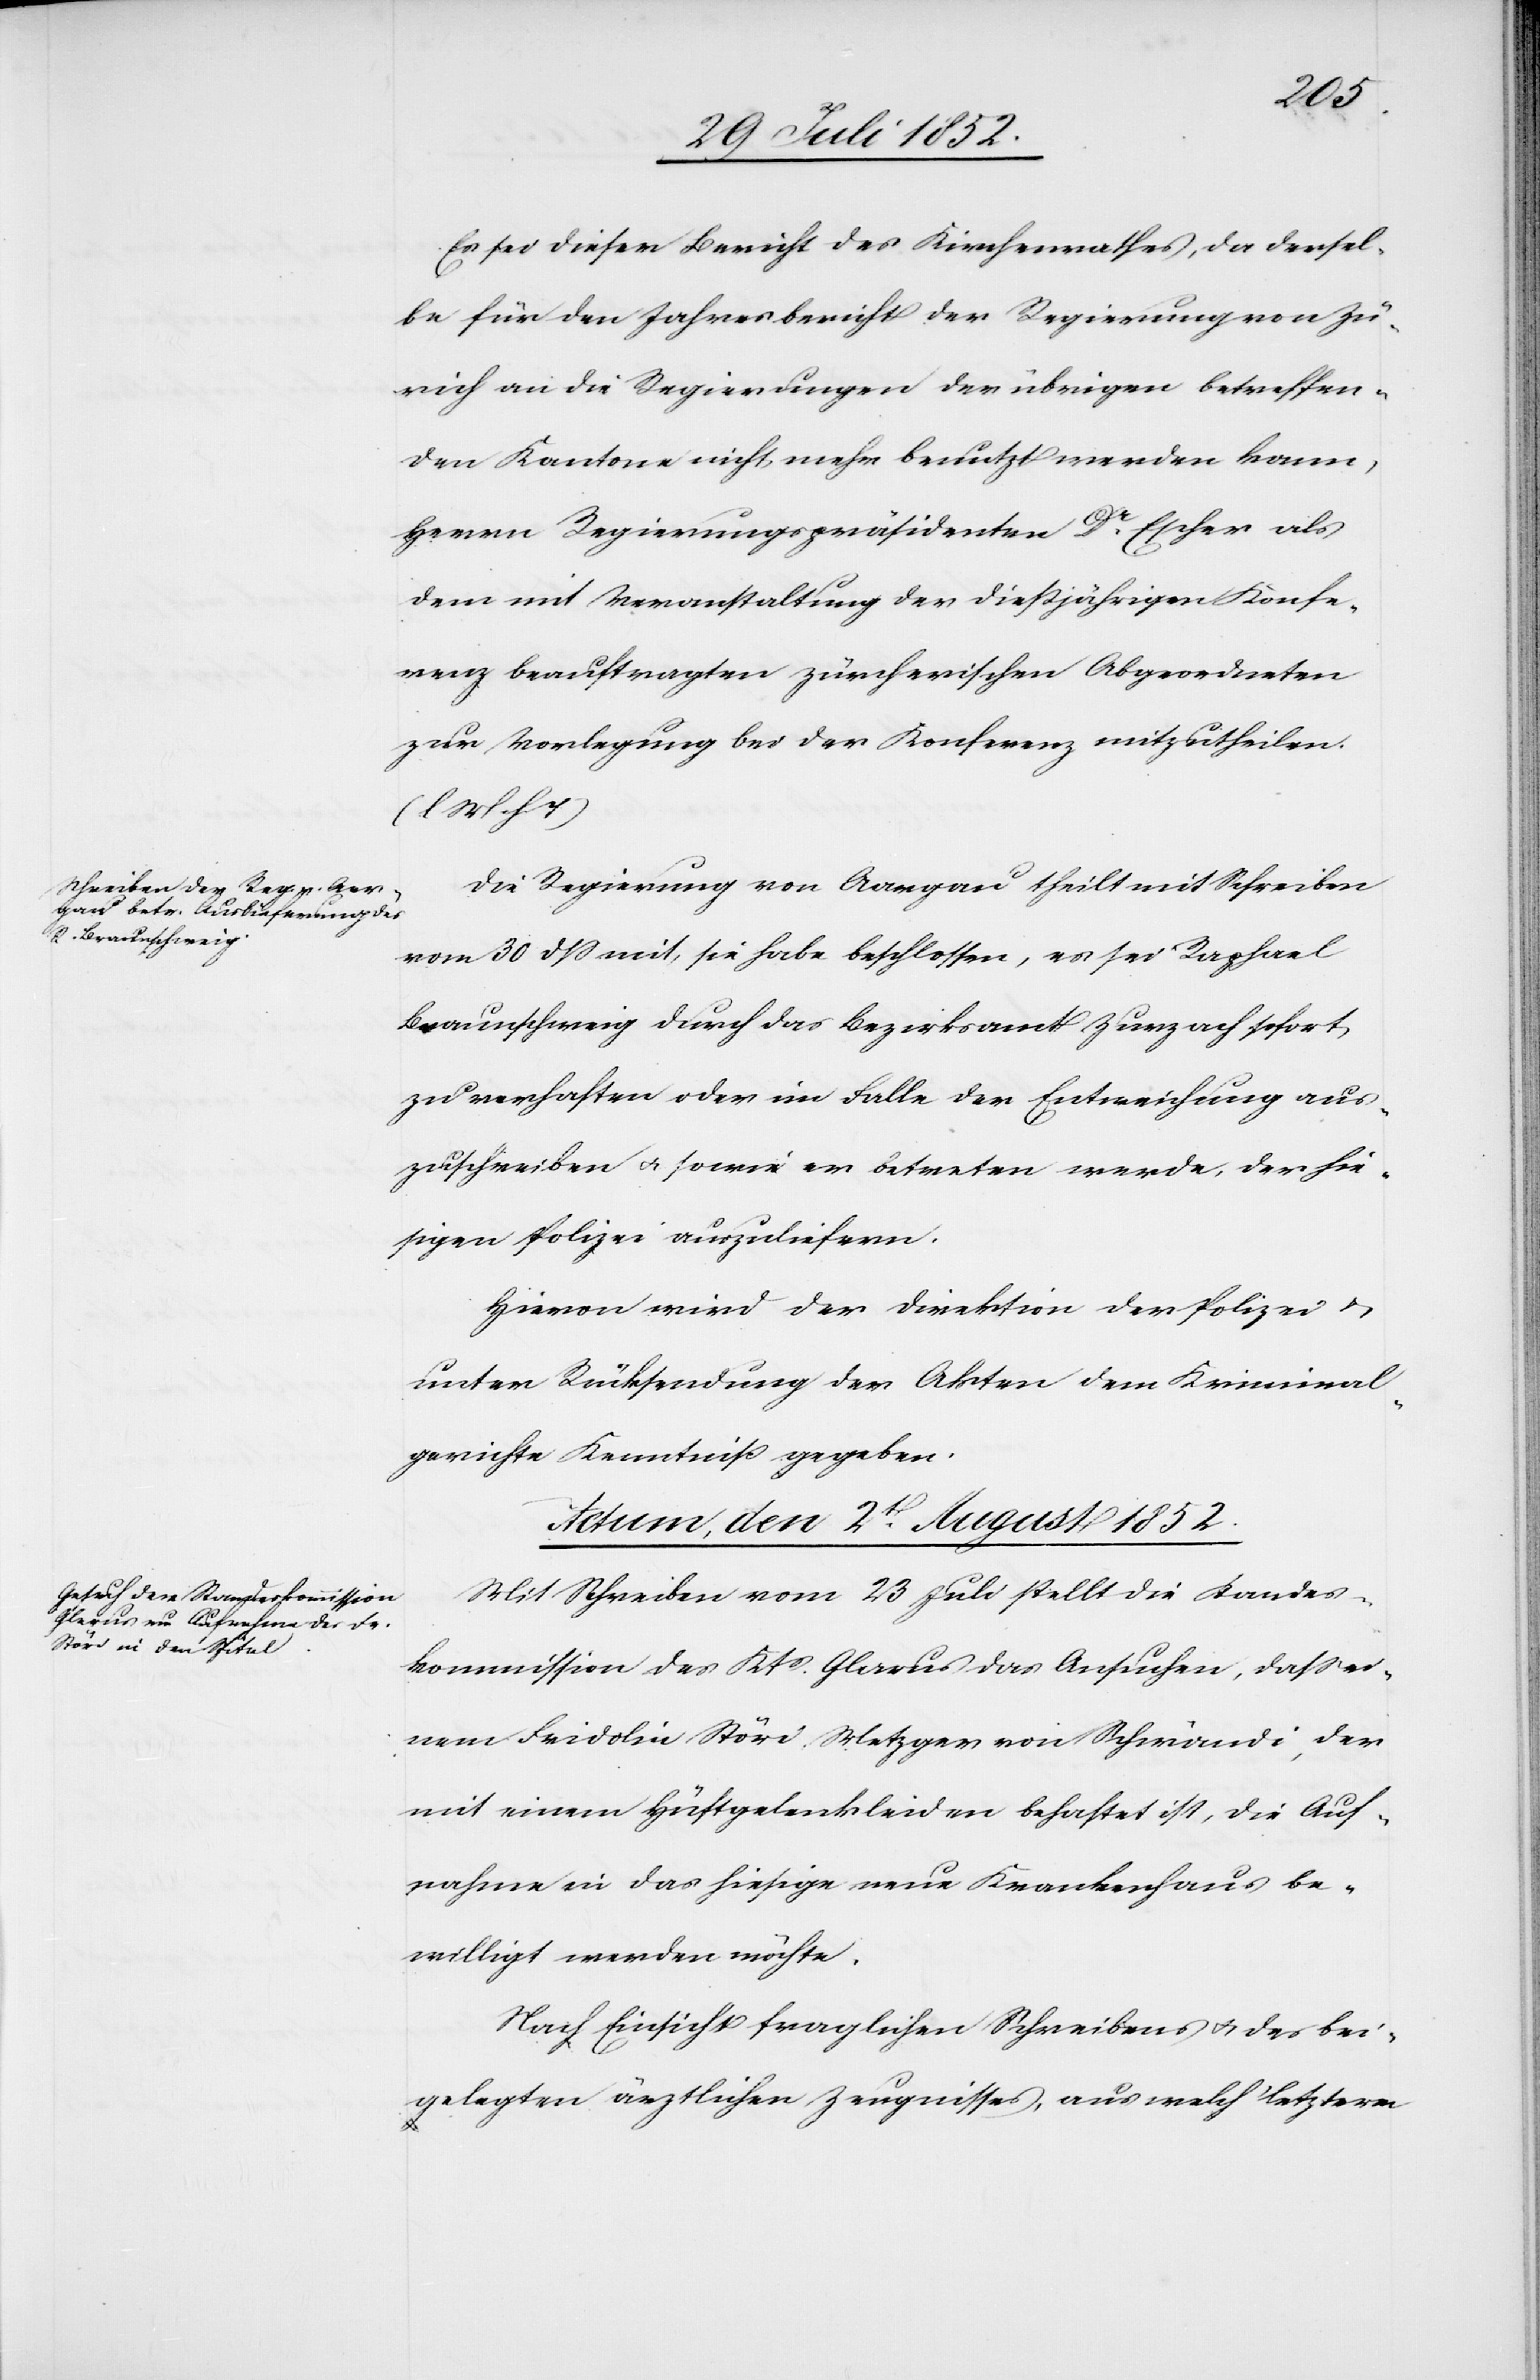
Es sei dieser Bericht des Kirchenrathes, da dersel¬
be für den Jahresbericht der Regierung von Zü¬
rich an die Regierungen der übrigen betreffen¬
den Kantone nicht mehr benutzt werden kann,
Herrn Regierungspräsidenten Dr. Escher als
dem mit Veranstaltung der dießjährigen Konfe¬
renz beauftragten zürcherischen Abgeordneten
zur Vorlegung bei der Konferenz mitzutheilen.
(l M h
Die Regierung von Aargau theilt mit Schreiben
vom 30 dss mit, sie habe beschlossen, es sei Raphael
Braunschweig durch das Bezirksamt Zurzach sofort
zu verhaften oder im Falle der Entweichung aus¬
zuschreiben & sowie er betreten werde, der hie¬
sigen Polizei auszuliefern.
Hievon wird der Direktion der Polizei &
unter Rücksendung der Akten dem Kriminal¬
gerichte Kenntniß gegeben.
Actum, den 2t. August 1852.
Mit Schreiben vom 23 Juli stellt die Standes¬
kommission des Kts. Glarus das Ansuchen, dass ei¬
nem Fridolin Störi, Metzger von Schwändi, der
mit einem Hüftgelenkleiden behaftet ist, die Auf¬
nahme in das hiesige neue Krankenhaus be¬
willigt werden möchte.
Nach Einsicht fraglichen Schreibens & des bei¬
gelegten ärztlichen Zeugnisses, aus welch‘ letzterm